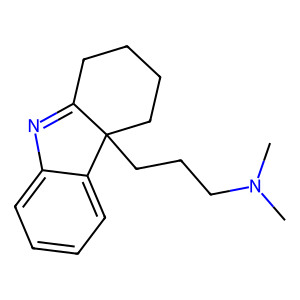
SMILES: CN(C)CCCC12CCCCC1=Nc1ccccc12
Inhibits HIV replication: No